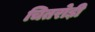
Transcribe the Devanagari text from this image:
चितरोड़ी